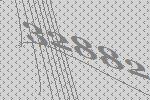
32882